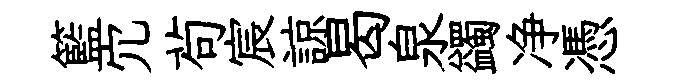
籃宂茍宸諒曷泉蠲净憑